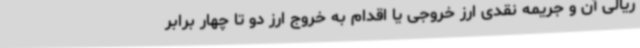
ریالی آن و جریمه نقدی ارز خروجی یا اقدام به خروج ارز دو تا چهار برابر